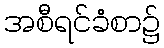
အစီရင်ခံစာ၌